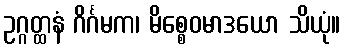
ဥဂ္ဂတ္ထနံ ဂိင်္ဂမက၊ မိစ္စေဝမာဒယော သိယုံ။